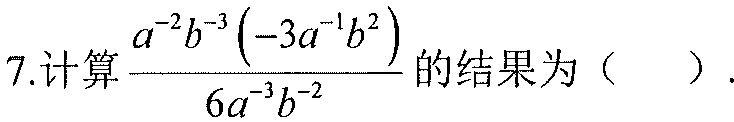
7.计算\(\dfrac{a^{-2}b^{-3}\left(-3a^{-1}b^{2}\right)}{6a^{-3}b^{-2}}\)的结果为（  ）.